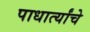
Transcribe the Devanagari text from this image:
पाधार्त्यांचे